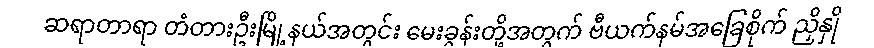
ဆရာတာရာ တံတားဦးမြို့နယ်အတွင်း မေးခွန်းတို့အတွက် ဗီယက်နမ်အခြေစိုက် ညှိနှို